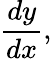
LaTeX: {\frac{dy}{dx}},